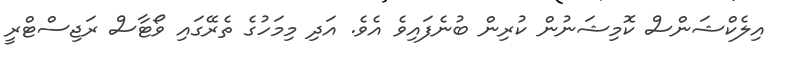
އިލެކްޝަންސް ކޮމިޝަނުން ކުރިން ބުނެފައިވެ އެވެ. އަދި މިމަހުގެ ތެރޭގައި ވޯޓާސް ރަޖިސްޓްރީ